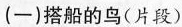
(一)搭船的鸟(片段)